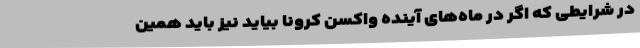
در شرایطی که اگر در ماه‌های آینده واکسن کرونا بیاید نیز باید همین